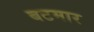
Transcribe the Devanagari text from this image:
बटमार